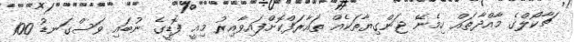
ޗާކޯލްގެ މާއްދާތައް ހިމެނޭ ޖަންގިޔާތަކެއް ތައާރަފްކޮށްފައިވާއިރު މިއީ ފޮޑީގެ ނުބައި ވަސްގަނޑު 100